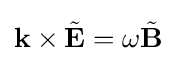
\mathbf {k} \times {\tilde {\mathbf {E} }}=\omega {\tilde {\mathbf {B} }}